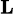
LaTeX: \scriptstyle{\mathbf{L}}